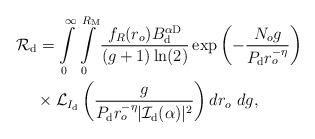
\begin{align*}&\!\!\!\!\!\!\! \mathcal{R}_{\rm d}= \int\limits_{0}^{\infty} \int\limits_{0}^{R_{\rm M}} \frac{f_R(r_o)B_{\rm d}^{\alpha {\rm D}}}{(g+1) \ln (2)} \exp \left(- \frac{N_o g }{ P_{\rm d} r_o^{-\eta}} \right) \\ &\times \mathcal{L}_{I_{\rm d}} \left(\frac{g}{ P_{\rm d} r_o^{-\eta} |\mathcal{I}_{\rm d} (\alpha)|^2} \right) dr_o \ dg ,\end{align*}